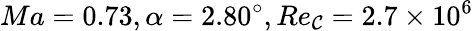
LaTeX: Ma=0.73,\alpha=2.80^{\circ},Re_{\mathcal{C}}=2.7\times10^{6}